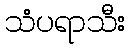
သံပရာသီး